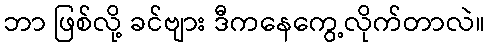
ဘာ ဖြစ်လို့ ခင်ဗျား ဒီကနေကွေ့လိုက်တာလဲ။